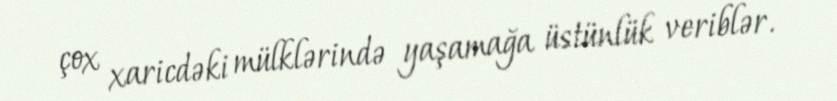
çox xaricdəki mülklərində yaşamağa üstünlük veriblər.